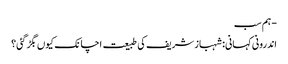
- ہم سب
اندرونی کہانی: شہباز شریف کی طبیعت اچانک کیوں بگڑ گئی؟